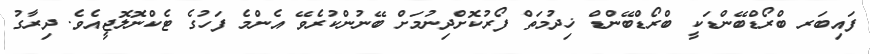
ފައިބަރ ބްރޯޑްބޭންޑަކީ ބްރޯޑްބޭންޑް ޚިދުމަތް ފޯރުކޮށްދިނުމަށް ބޭނުންކުރެވޭ އެންމެ ފަހުގެ ޓެކްނޮލޮޖީއެވެ. ދިރާގު